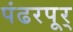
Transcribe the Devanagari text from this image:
पंढरपूर्